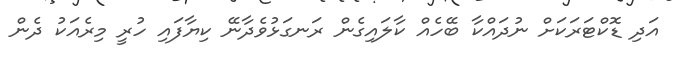
އަދި ޑޮކްޓަރަކަށް ނުދައްކާ ބޭހެއް ކާލައިގެން ރަނގަޅުވެދާނޭ ކިޔާފައި ހުރީ މިރެއަކު ދެން